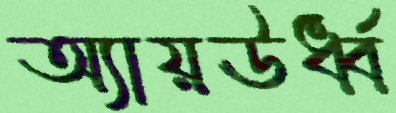
অ্যায়ঊর্ধ্ব